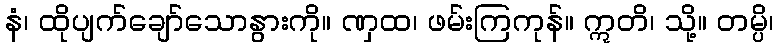
နံ၊ ထိုပျက်ချော်သောနွားကို။ ဏှထ၊ ဖမ်းကြကုန်။ ဣတိ၊ သို့။ တမ္ပိ၊